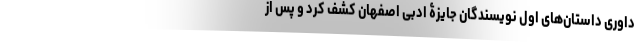
داوری داستان‌های اول نویسندگان جایزۀ ادبی اصفهان کشف کرد و پس از